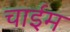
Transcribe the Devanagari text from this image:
चाईम